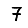
Digit: 7